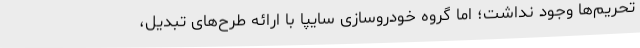
تحریم‌ها وجود نداشت؛ اما گروه خودروسازی سایپا با ارائه طرح‌های تبدیل،